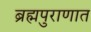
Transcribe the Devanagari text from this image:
ब्रह्मपुराणात